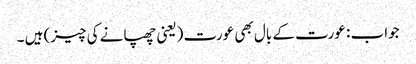
جواب : عورت کے بال بھی عورت (یعنی چھپانے کی چیز) ہیں ۔